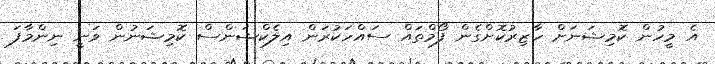
އެ މީހުން ކޮމިޝަނަށް ހާޒިރުކޮށްގެން ފޯމްތައް ސައްހަކުރަން އިލެކްޝަންސް ކޮމިޝަނުން ވަނީ ނިންމާފަ